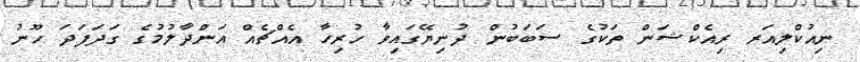
ނިއުކްލިއަރ ރިއެކްޝަން ތަކުގެ ސަބަބުން ދުނިޔޭގައިވާ ހުރިހާ އެއްޗެއް އަންދާލުމުގެ ގަދަފަދަ ހޫނު